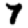
Digit: 7